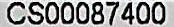
CS00087400